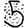
Digit: 5